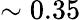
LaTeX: \sim{0.35}